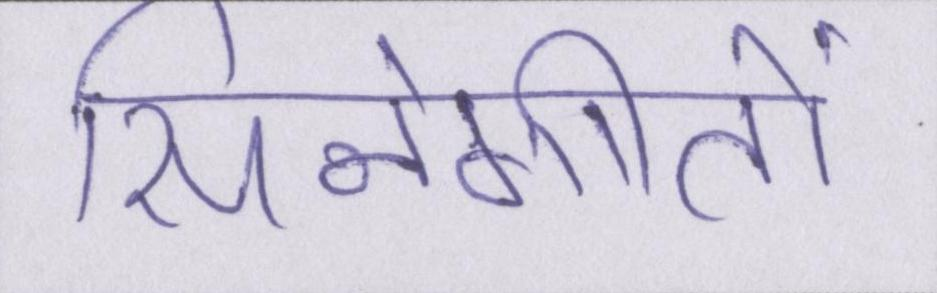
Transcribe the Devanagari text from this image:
सिनेगीतों